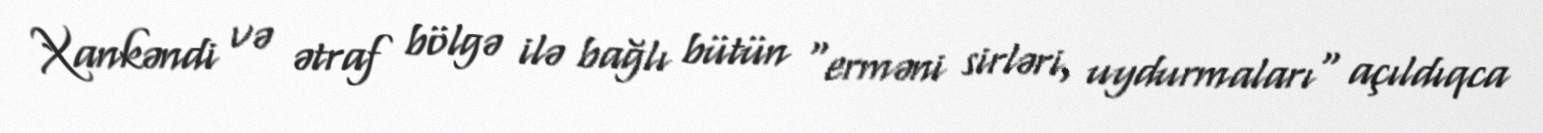
Xankəndi və ətraf bölgə ilə bağlı bütün "erməni sirləri, uydurmaları" açıldıqca